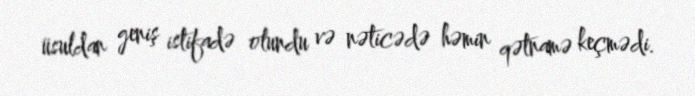
üsuldan geniş istifadə olundu və nəticədə həmin qətnamə keçmədi.